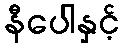
နီပေါနှင့်